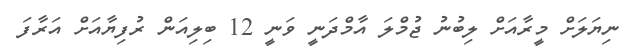
ނިޔަލަށް މީރާއަށް ލިބުނު ޖުމްލަ އާމްދަނީ ވަނީ 12 ބިލިއަން ރުފިޔާއަށް އަރާފަ